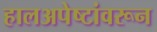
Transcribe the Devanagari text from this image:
हालअपेष्टांवरून